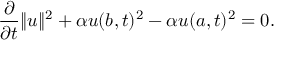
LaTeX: { \frac { \partial } { \partial t } } \| u \| ^ { 2 } + \alpha u ( b , t ) ^ { 2 } - \alpha u ( a , t ) ^ { 2 } = 0 .